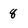
Character: 8